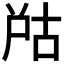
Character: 𡱨